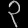
Digit: ၃